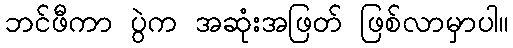
ဘင်ဖီကာ ပွဲက အဆုံးအဖြတ် ဖြစ်လာမှာပါ။